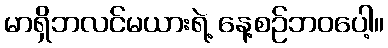
မာရှိဘလင်မယားရဲ့ နေ့စဉ်ဘဝပေါ့။